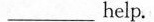
___help.